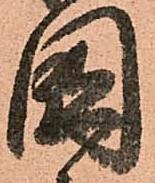
國